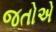
જતોએ